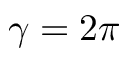
\gamma = 2 \pi